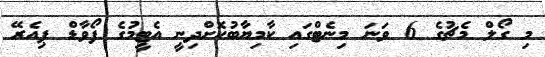
މި ގޯލް މެޗުގެ 6 ވަނަ މިނެޓްގައި ކާމިޔާބުކޮށްދިނީ އެޓީމުގެ ފޯވާޑް ޕިއެރޭ